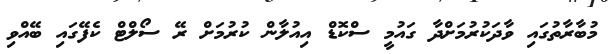
މުބާރާތުގައި ވާދަކުރުމަށްދާ ގައުމީ ސްކޮޑް އިއުލާން ކުރުމަށް ރޭ ސޯލްޓް ކެފޭގައި ބޭއްވި